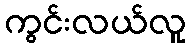
ကွင်းလယ်လူ